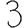
Digit: 3